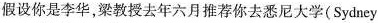
假设你是李华，梁教授去年六月推荐你去悉尼大学(Sydney